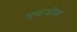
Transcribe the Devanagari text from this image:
एकजीमा